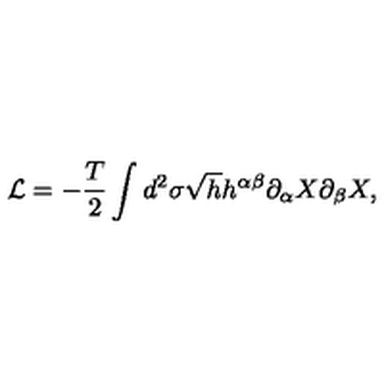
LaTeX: { \cal L } = - \frac { T } { 2 } \int d ^ { 2 } \sigma \sqrt { h } h ^ { \alpha \beta } \partial _ { \alpha } X \partial _ { \beta } X ,